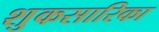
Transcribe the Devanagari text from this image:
शुकसारिका